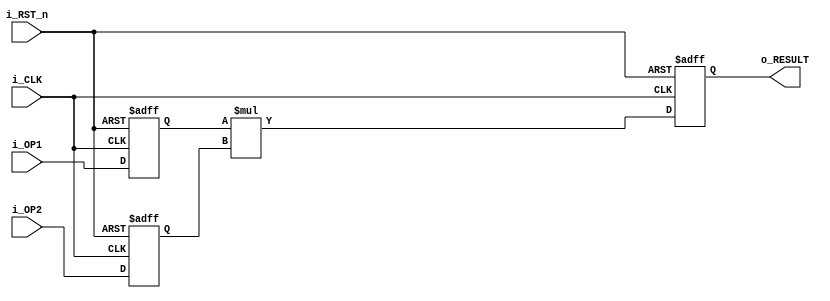
module mult_64(i_CLK, i_RST_n, i_OP1, i_OP2, o_RESULT);

input           i_CLK;
input           i_RST_n;
input   [63:0]  i_OP1;
input   [63:0]  i_OP2;
output  [127:0] o_RESULT;

reg  [63:0] op1_r;  
reg  [63:0] op2_r; 

reg  [127:0] result_r;


always @(posedge i_CLK, negedge i_RST_n)
    if (~i_RST_n) begin
        op1_r <= 64'd0;
        op2_r <= 64'd0;
    end else begin
        op1_r <= i_OP1;
        op2_r <= i_OP2;
    end

always @(posedge i_CLK, negedge i_RST_n)
    if (~i_RST_n) begin
        result_r <= 128'd0;
    end else begin
        result_r <= op1_r*op2_r;
    end

assign o_RESULT = result_r;

endmodule